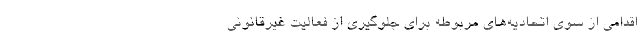
اقدامی از سوی اتحادیه‌های مربوطه برای جلوگیری از فعالیت غیرقانونی